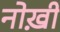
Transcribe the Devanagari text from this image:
नोख़ी